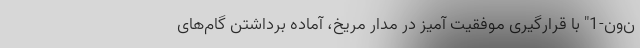
ن‌ون-1" با قرارگیری موفقیت آمیز در مدار مریخ، آماده برداشتن گام‌های